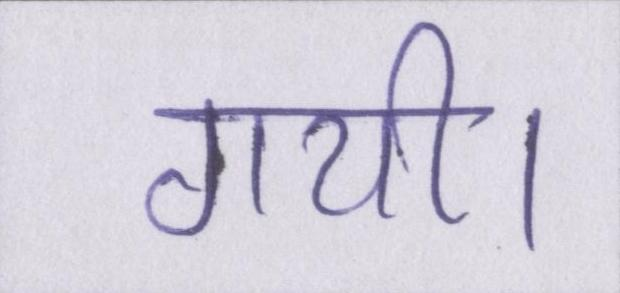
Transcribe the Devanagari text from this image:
गयी।